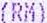
(RM)